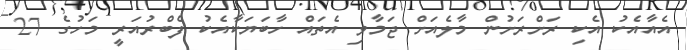
އެއާއެކު އެކި ރަށްރަށުން މާލެއަށް ޖަމާވި އެތައް ހާބަޔަކާއެކު ފެބްރުއަރީ މަހުގެ 27